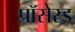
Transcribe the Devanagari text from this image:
प्रॉसेस्ड